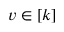
v \in [ k ]